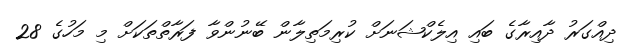
ދިއްގަރު ދާއިރާގެ ބައި އިލެކްޝަނަށް ކުރިމަތިލާން ބޭނުންވާ ފަރާތްތަކަށް މި މަހުގެ 28